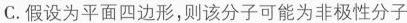
C.假设为平面四边形，则该分子可能为非极性分子